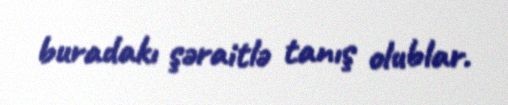
buradakı şəraitlə tanış olublar.